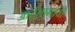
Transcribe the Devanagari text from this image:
आर्दतामापी